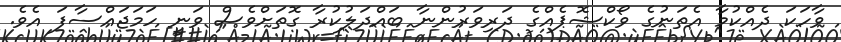
ވާހަކަ ދެއްކުމާ އެތަނުގެ ވޯކްޝޮޕެއްގެ ދަރިވަރުންނާ ބައްދަލުކުރާ ގޮތަށްވެސް ވަނީ ހަމަޖައްސާފަ އެވެ.